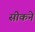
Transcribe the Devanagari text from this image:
सीकने